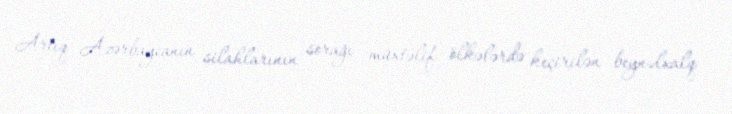
Artıq Azərbaycanın silahlarının sorağı müxtəlif ölkələrdə keçirilən beynəlxalq